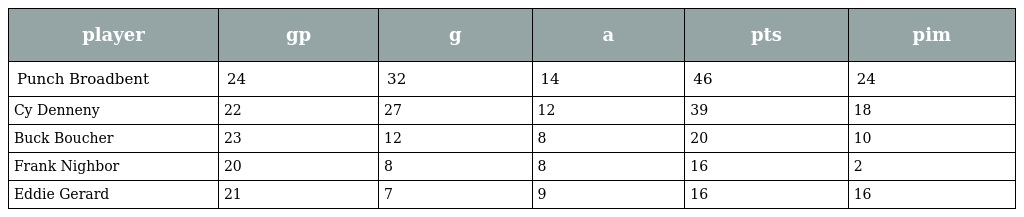
| player | gp | g | a | pts | pim |
 | --- | --- | --- | --- | --- | --- |
 | Punch Broadbent | 24 | 32 | 14 | 46 | 24 |
 | Cy Denneny | 22 | 27 | 12 | 39 | 18 |
 | Buck Boucher | 23 | 12 | 8 | 20 | 10 |
 | Frank Nighbor | 20 | 8 | 8 | 16 | 2 |
 | Eddie Gerard | 21 | 7 | 9 | 16 | 16 |